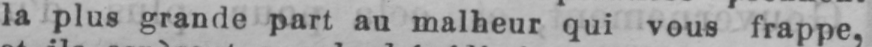
la plus grande part au malheur qui vous frappe,